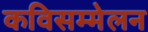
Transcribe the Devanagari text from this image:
कविसम्मेलन